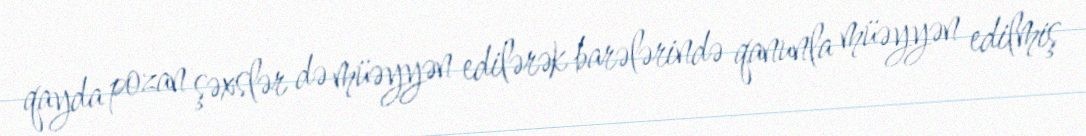
qayda pozan şəxslər də müəyyən edilərək barələrində qanunla müəyyən edilmiş